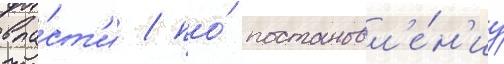
вла́ст'и / по́ постановл'е́н'иу